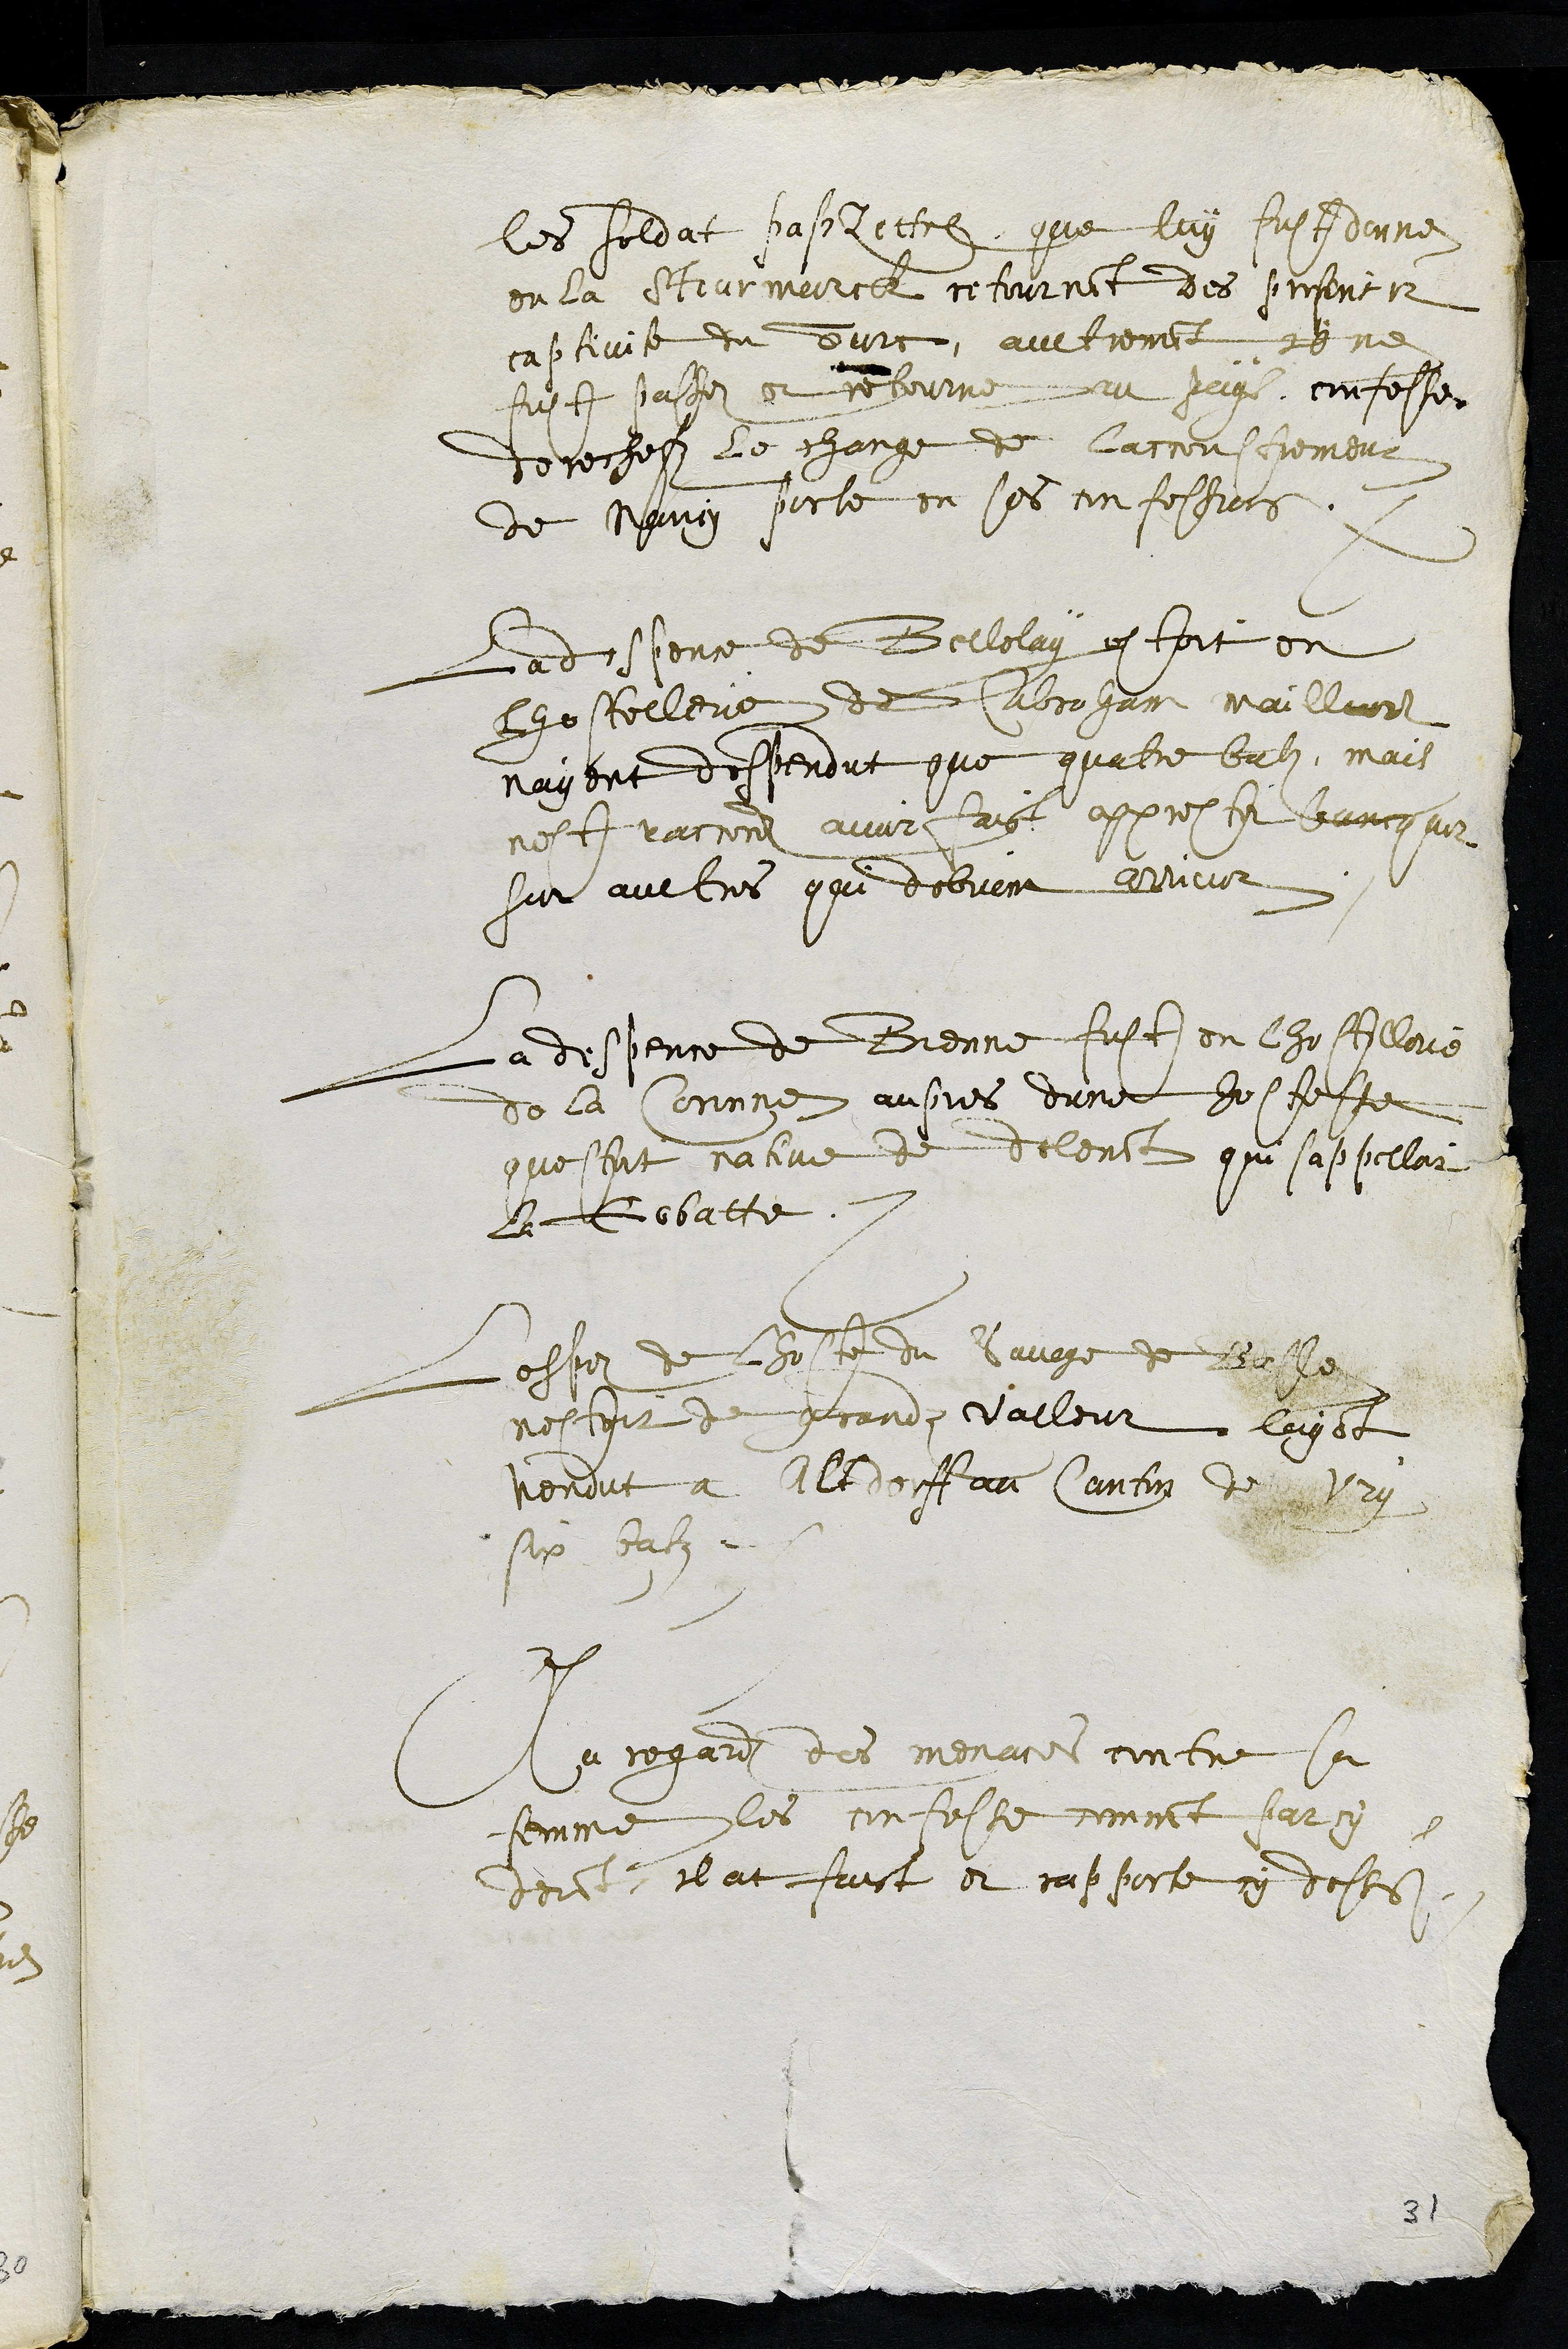
les soldat paßLettre que luy fust donne
en la Strutmarck retournant des prisons et
captivite du Turc, aultrement il ne
fust passez et retourne au pays, confesse
derechefz le charge de laccoustrement
de mary porte en ses confessions
La despence de Bellelay estoit en
lhostelerie de Abraham Maillart
nayent despendut que quatre batz, mais
nest raccord avoir faict apprester bancquet
sur aultres qui debvient arriver
La despence de Bienne fust en lhostellerie
de la Coronne aupres dune hostesse
questoit native de delemont qui sappelloit
la Gobatte.
Lespez de lhoste du Savage de Basle
nestoit de grandz valleur layant
vendut a Altdorff au Canton de Ury
six batz.
Au regard des menaces contre sa
femme les confesse comment parcy
devant il at faict et rapporte cy dessus
31